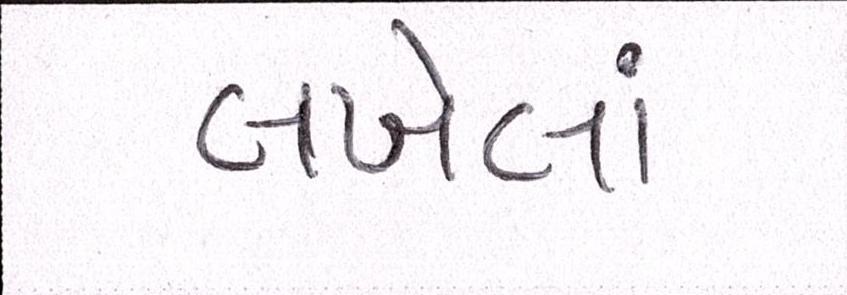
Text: લખેલાં